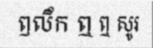
ឭលឹក ឮ ឮ សូរ